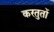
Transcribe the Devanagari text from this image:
करतुतों